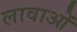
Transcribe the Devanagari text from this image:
लावाओं